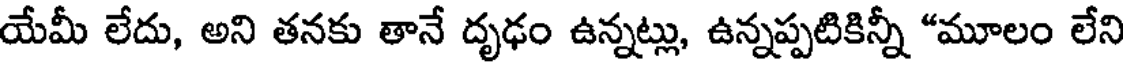
యేమీ లేదు, అని తనకు తానే దృఢం ఉన్నట్లు, ఉన్నప్పటికిన్నీ "మూలం లేని